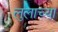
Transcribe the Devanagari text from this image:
लुलाच्या